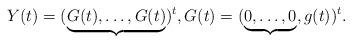
LaTeX: \begin{align*}Y(t)=(\underbrace{G(t),\dots,G(t)}_{})^t, G(t)=(\underbrace{0,\dots,0}_{},g(t))^t.\end{align*}